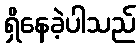
ရှိနေခဲ့ပါသည်